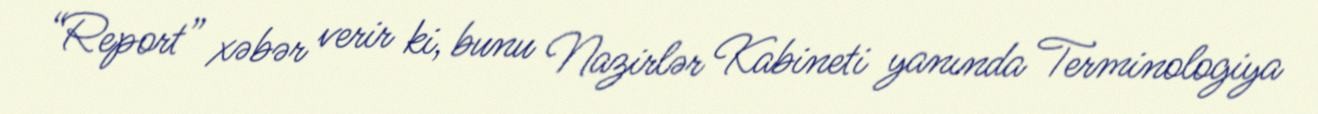
“Report” xəbər verir ki, bunu Nazirlər Kabineti yanında Terminologiya